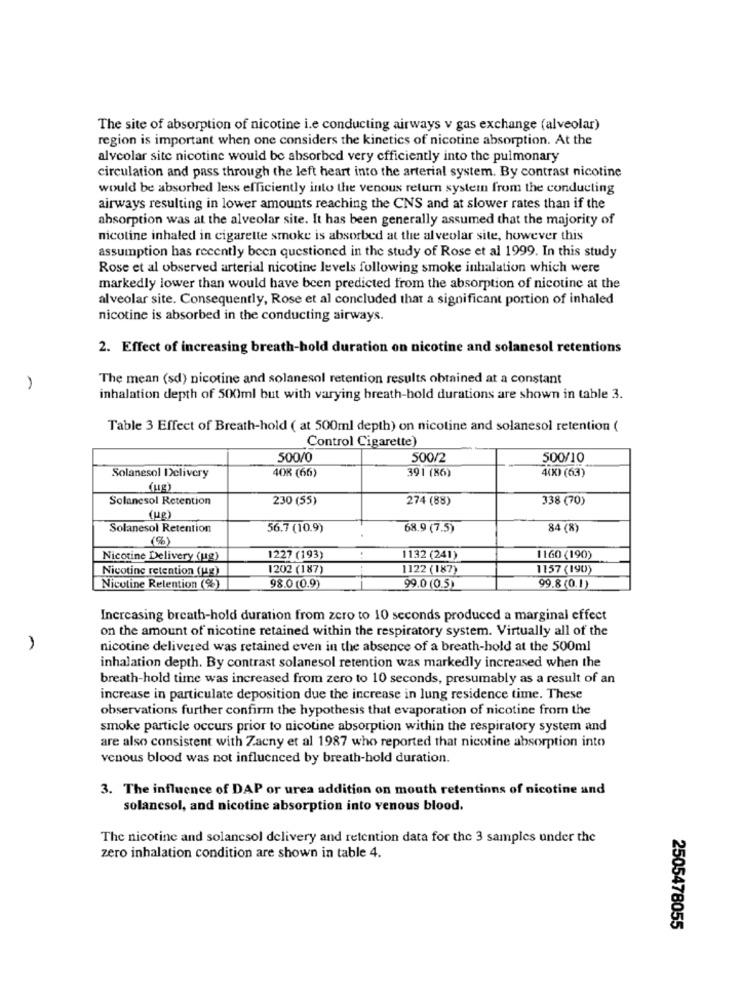
The site of absorption of nicotine i.e conducting airways v gas exchange (alveolar)
region is important when one considers the kinetics of nicotine absorption. At the
alveolar site nicotine would be absorbed very efficiently into the pulmonary
circulation and pass through the left heart into the arterial system. By contrast nicotine
would be absorbed less efficiently into the venous return system from the conducting
airways resulting in lower amounts reaching the CNS and at slower rates than if the
absorption was at the alveolar site. It has been generally assumed that the majority of
nicotine inhaled in cigarette smoke is absorbed at the alveolar site, however this
assumption has recently been questioned in the study of Rose et al 1999. In this study
Rose et al observed arterial nicotine levels following smoke inhalation which were
markedly lower than would have been predicted from the absorption of nicotine at the
alveolar site. Consequently, Rose et al concluded that a significant portion of inhaled
nicotine is absorbed in the conducting airways.
2. Effect of increasing breath-hold duration on nicotine and solanesol retentions
The mean (sd) nicotine and solanesol retention results obtained at a constant
-
inhalation depth of 500ml but with varying breath-hold durations are shown in table 3.
Table 3 Effect of Breath-hold ( at 500ml depth) on nicotine and solanesol retention (
Control Cigarette)
500/0
500/2
500/10
40K (66)
391 (86)
4(X) (63)
Solanesol Delivery
(ug)
Solanesol Retention
230 (55)
274 (88)
338 (70)
(ug)
Solanesol Retention
56.7 (10.9)
68.9 (7.5)
84 (8)
(%)
Nicotine Delivery (ug)
1227 (193)
1132 (241)
1160 (190)
Nicotine retention (ug)
1202 (187)
1122 (187)
1157 (190)
Nicotine Retention (%)
98.0 (0.9)
99.0 (0.5)
99.8 (0.1)
Increasing breath-hold duration from zero to 10 seconds produced a marginal effect
on the amount of nicotine retained within the respiratory system. Virtually all of the
nicotine delivered was retained even in the absence of a breath-hold at the 500ml
inhalation depth. By contrast solanesol retention was markedly increased when the
breath-hold time was increased from zero to 10 seconds, presumably as a result of an
increase in particulate deposition due the increase in lung residence time. These
observations further confirm the hypothesis that evaporation of nicotine from the
smoke particle occurs prior to nicotine absorption within the respiratory system and
are also consistent with Zacny et al 1987 who reported that nicotine absorption into
venous blood was not influenced by breath-hold duration.
3. The influence of DAP or urea addition on mouth retentions of nicotine and
solancsol, and nicotine absorption into venous blood.
The nicotine and solancsol delivery and retention data for the 3 samples under the
zero inhalation condition are shown in table 4.
2505478055